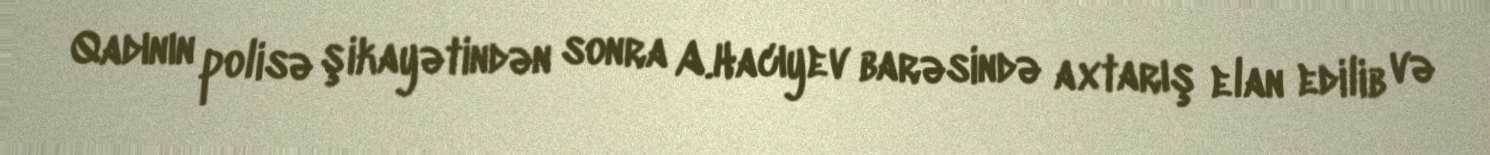
Qadının polisə şikayətindən sonra A.Hacıyev barəsində axtarış elan edilib və